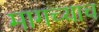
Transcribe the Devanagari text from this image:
मागच्याच